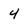
Character: 4